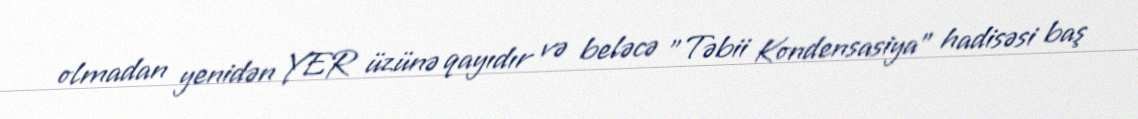
olmadan yenidən YER üzünə qayıdır və beləcə "Təbii Kondensasiya" hadisəsi baş